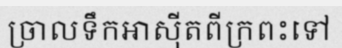
ច្រាលទឹកអាស៊ីតពីក្រពះទៅ